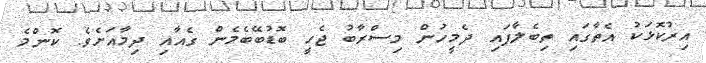
އިރުކޮޅަކު އެތާގައި ތިބެލާފައި ދެމީހުން މިސްރާބު ޖެހީ ބޮޑުބޭބެމެން ގެއާއި ދިމާއަށެވެ. ކޮންމެ